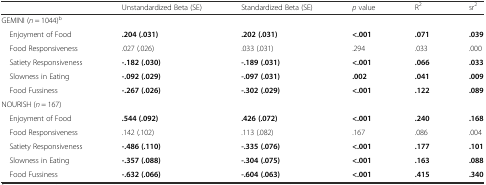
|  | Unstandardized Beta (SE) | Standardized Beta (SE) | p value | R2 | sr2 |
 | --- | --- | --- | --- | --- | --- |
 | GEMINI (n = 1044)b |  |  |  |  |  |
 | Enjoyment of Food | .204 (.031) | .202 (.031) | <.001 | .071 | .039 |
 | Food Responsiveness | .027 (.026) | .033 (.031) | .294 | .033 | .000 |
 | Satiety Responsiveness | -.182 (.030) | -.189 (.031) | <.001 | .066 | .033 |
 | Slowness in Eating | -.092 (.029) | -.097 (.031) | .002 | .041 | .009 |
 | Food Fussiness | -.267 (.026) | -.302 (.029) | <.001 | .122 | .089 |
 | NOURISH (n = 167) |  |  |  |  |  |
 | Enjoyment of Food | .544 (.092) | .426 (.072) | <.001 | .240 | .168 |
 | Food Responsiveness | .142 (.102) | .113 (.082) | .167 | .086 | .004 |
 | Satiety Responsiveness | -.486 (.110) | -.335 (.076) | <.001 | .177 | .101 |
 | Slowness in Eating | -.357 (.088) | -.304 (.075) | <.001 | .163 | .088 |
 | Food Fussiness | -.632 (.066) | -.604 (.063) | <.001 | .415 | .340 |